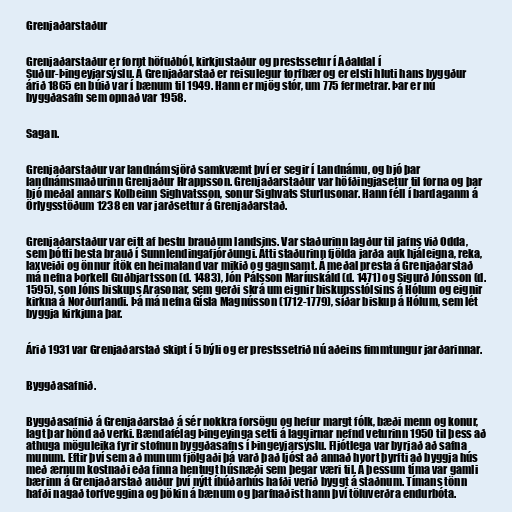
Grenjaðarstaður

Grenjaðarstaður er fornt höfuðból, kirkjustaður og prestssetur í Aðaldal í
Suður-Þingeyjarsýslu. Á Grenjaðarstað er reisulegur torfbær og er elsti hluti hans byggður
árið 1865 en búið var í bænum til 1949. Hann er mjög stór, um 775 fermetrar. Þar er nú
byggðasafn sem opnað var 1958.

Sagan.

Grenjaðarstaður var landnámsjörð samkvæmt því er segir í Landnámu, og bjó þar
landnámsmaðurinn Grenjaður Hrappsson. Grenjaðarstaður var höfðingjasetur til forna og þar
bjó meðal annars Kolbeinn Sighvatsson, sonur Sighvats Sturlusonar. Hann féll í bardaganm á
Örlygsstöðum 1238 en var jarðsettur á Grenjaðarstað.

Grenjaðarstaður var eitt af bestu brauðum landsins. Var staðurinn lagður til jafns við Odda,
sem þótti besta brauð í Sunnlendingafjórðungi. Átti staðurinn fjölda jarða auk hjáleigna, reka,
laxveiði og önnur ítök en heimaland var mikið og gagnsamt. Á meðal presta á Grenjaðarstað
má nefna Þorkell Guðbjartsson (d. 1483), Jón Pálsson Maríuskáld (d. 1471) og Sigurð Jónsson (d.
1595), son Jóns biskups Arasonar, sem gerði skrá um eignir biskupsstólsins á Hólum og eignir
kirkna á Norðurlandi. Þá má nefna Gísla Magnússon (1712-1779), síðar biskup á Hólum, sem lét
byggja kirkjuna þar.

Árið 1931 var Grenjaðarstað skipt í 5 býli og er prestssetrið nú aðeins fimmtungur jarðarinnar.

Byggðasafnið.

Byggðasafnið á Grenjaðarstað á sér nokkra forsögu og hefur margt fólk, bæði menn og konur,
lagt þar hönd að verki. Bændafélag Þingeyinga setti á laggirnar nefnd veturinn 1950 til þess að
athuga möguleika fyrir stofnun byggðasafns í Þingeyjarsýslu. Fljótlega var byrjað að safna
munum. Eftir því sem að munum fjölgaði þá varð það ljóst að annað hvort þyrfti að byggja hús
með ærnum kostnaði eða finna hentugt húsnæði sem þegar væri til. Á þessum tíma var gamli
bærinn á Grenjaðarstað auður því nýtt íbúðarhús hafði verið byggt á staðnum. Tímans tönn
hafði nagað torfveggina og þökin á bænum og þarfnaðist hann því töluverðra endurbóta.